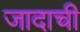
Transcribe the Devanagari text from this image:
जादाची